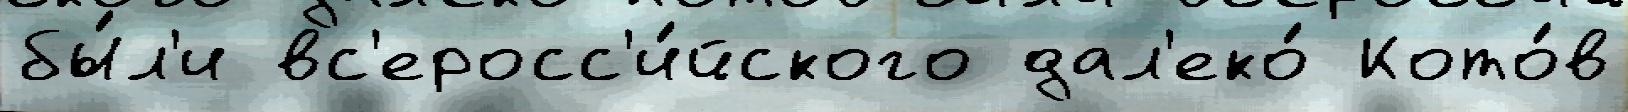
бы́л'и вс'еросс'и́йского дал'еко́ Кото́в